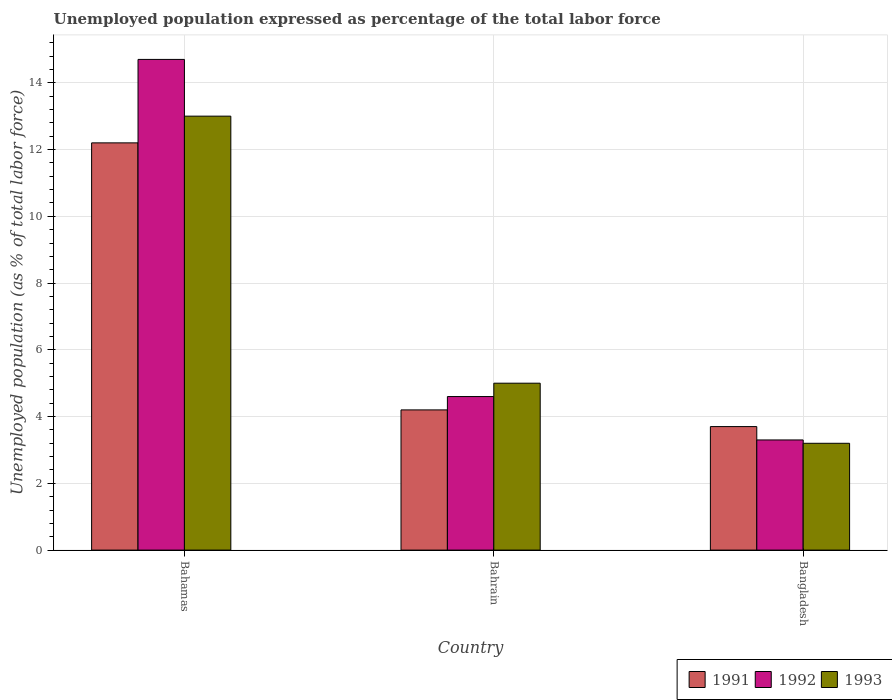
| Country | 1991 | 1992 | 1993 |
 | --- | --- | --- | --- |
 | Bahamas | 12.2 | 14.7 | 13 |
 | Bahrain | 4.2 | 4.6 | 5 |
 | Bangladesh | 3.7 | 3.3 | 3.2 |